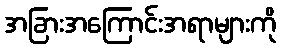
အခြားအကြောင်းအရာများကို